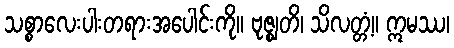
သစ္စာလေးပါးတရားအပေါင်းကို။ ဗုဇ္ဈတိ၊ သိလတ္တံ့။ ဣမဿ၊